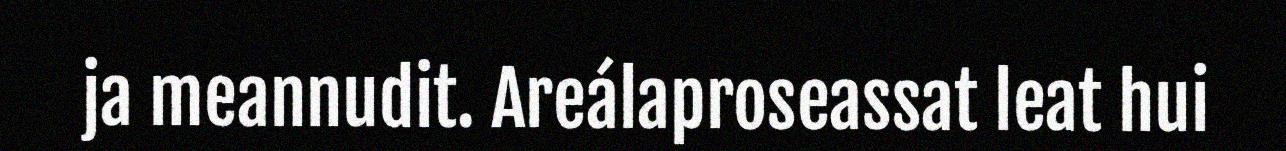
ja meannudit. Areálaproseassat leat hui